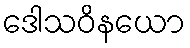
ဒေါသဝိနယော